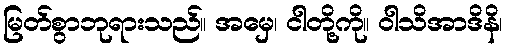
မြတ်စွာဘုရားသည်။ အမှေ၊ ငါတို့ကို။ ဝါသိအာဒိနိ၊